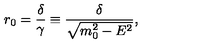
r _ { 0 } = \frac { \delta } { \gamma } \equiv \frac { \delta } { \sqrt { m _ { 0 } ^ { 2 } - E ^ { 2 } } } ,